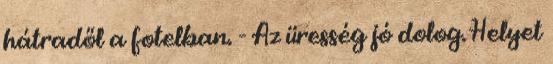
hátradől a fotelban. - Az üresség jó dolog. Helyet